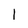
Character: 1